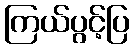
ကြယ်ပွင့်ပြ